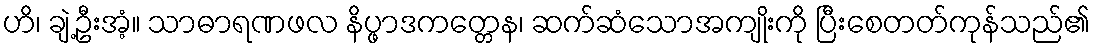
ဟိ၊ ချဲ့ဦးအံ့။ သာဓာရဏဖလ နိပ္ဖာဒကတ္တေန၊ ဆက်ဆံသောအကျိုးကို ပြီးစေတတ်ကုန်သည်၏